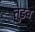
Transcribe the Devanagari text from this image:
तुडव